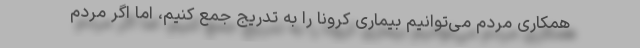
همکاری مردم می‌توانیم بیماری کرونا را به تدریج جمع کنیم، اما اگر مردم